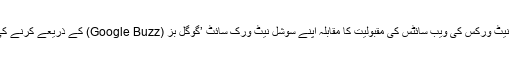
گوگل دوسرے سوشل نیٹ ورکس کی ویب سائٹس کی مقبولیت کا مقابلہ اپنے سوشل نیٹ ورک سائٹ ’گوگل بز (Google Buzz) کے ذریعے کرنے کی کوشش کررہی ہے۔